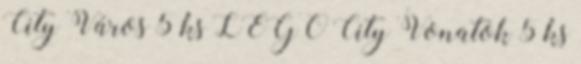
City Város 5 ks LEGO City Vonatok 5 ks